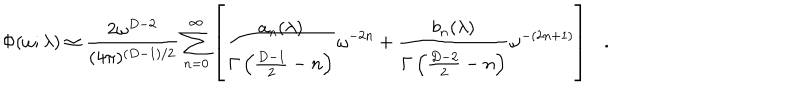
\Phi ( \omega ; \lambda ) \simeq { \frac { 2 \omega ^ { D - 2 } } { ( 4 \pi ) ^ { ( D - 1 ) / 2 } } } \sum _ { n = 0 } ^ { \infty } \left[ { \frac { a _ { n } ( \lambda ) } { \Gamma \left( { \frac { D - 1 } { 2 } } - n \right) } } \omega ^ { - 2 n } + { \frac { b _ { n } ( \lambda ) } { \Gamma \left( { \frac { D - 2 } { 2 } } - n \right) } } \omega ^ { - ( 2 n + 1 ) } \right] .